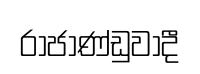
රාජාණ්ඩුවාදී